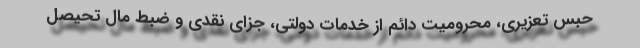
حبس تعزیری، محرومیت دائم از خدمات دولتی، جزای نقدی و ضبط مال تحیصل